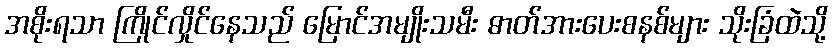
အစိုးရသာ ကြိုင်လှိုင်နေသည် မြောင်အမျိုးသမီး ဓာတ်အားပေးစနစ်များ သိုးခြံထဲသို့